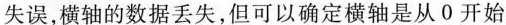
失误，横轴的数据丢失，但可以确定横轴是从0开始